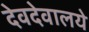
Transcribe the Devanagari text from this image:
देवदेवालये